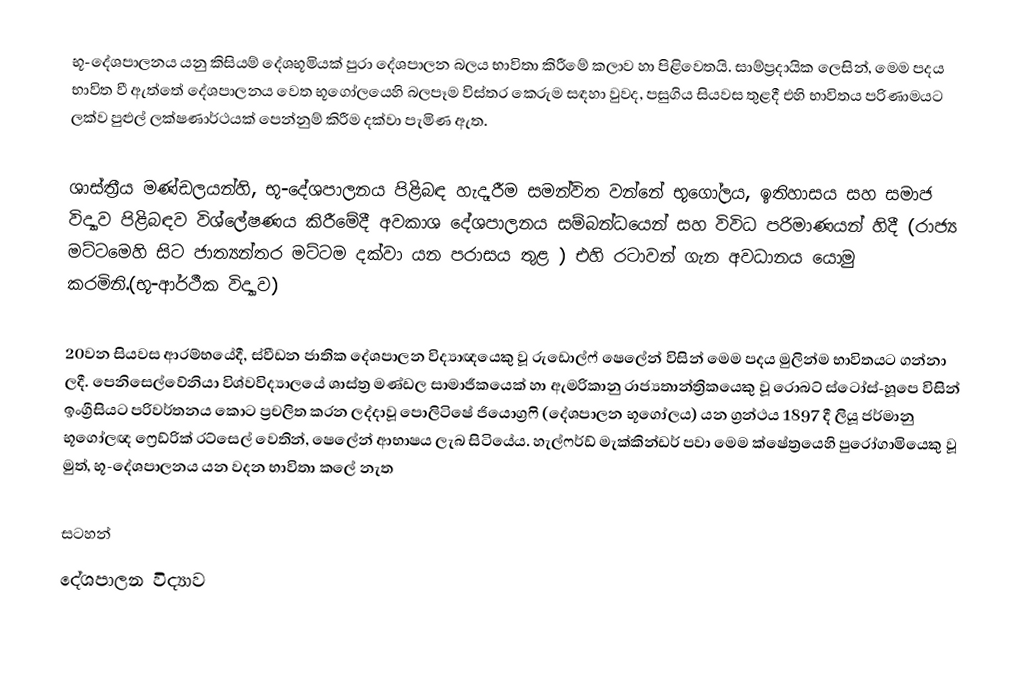
භූ-දේශපාලනය යනු කිසියම් දේශභූමියක් පුරා දේශපාලන බලය භාවිතා කිරීමේ කලාව හා පිළිවෙතයි. සාම්ප්‍රදායික ලෙසින්, මෙම පදය  භාවිත වී ඇත්තේ දේශපාලනය වෙත භූගෝලයෙහි බලපෑම විස්තර කෙරුම සඳහා වුවද, පසුගිය සියවස තුළදී එහි භාවිතය පරිණාමයට ලක්ව පුළුල් ලක්ෂණාර්ථයක් පෙන්නුම් කිරීම දක්වා පැමිණ ඇත.

ශාස්ත්‍රීය මණ්ඩලයන්හි, භූ-දේශපාලනය පිළිබඳ හැදෑරීම සමන්විත වන්නේ භූගෝලය, ඉතිහාසය සහ සමාජ විද්‍යාව පිළිබඳව විශ්ලේෂණය කිරීමේදී අවකාශ දේශපාලනය සම්බන්ධයෙන් සහ විවිධ පරිමාණයන් හිදී (රාජ්‍ය මට්ටමෙහි සිට ජාත්‍යන්තර මට්ටම දක්වා යන පරාසය තුළ ) එහි රටාවන් ගැන අවධානය යොමු කරමිනි.(භූ-ආර්ථීක විද්‍යාව)

20වන සියවස ආරම්භයේදී, ස්වීඩන ජාතික දේශපාලන විද්‍යාඥයෙකු වූ රුඩොල්ෆ් ෂෙලේන් විසින් මෙම පදය මුලින්ම භාවිතයට ගන්නා ලදී. පෙනිසෙල්වේනියා විශ්වවිද්‍යාලයේ ශාස්ත්‍ර මණ්ඩල සාමාජීකයෙක් හා ඇමරිකානු රාජ්‍යතාන්ත්‍රිකයෙකු වූ රොබට් ස්ටෝස්-හූපෙ විසින් ඉංග්‍රීසියට පරිවර්තනය කොට ප්‍රචලිත කරන ලද්දාවූ පොලිටිෂේ ජියොග්‍රෆි (දේශපාලන භූගෝලය) යන ග්‍රන්ථය 1897 දී ලියූ ජර්මානු භූගෝලඥ ෆ්‍රෙඩ්රික් රට්සෙල් වෙතින්, ෂෙලේන් ආභාෂය ලැබ සිටියේය. හැල්ෆර්ඩ් මැක්කින්ඩර් පවා මෙම ක්ෂේත්‍රයෙහි පුරෝගාමියෙකු වූ මුත්, භූ-දේශපාලනය යන වදන භාවිතා කලේ නැත

සටහන්
දේශපාලන විද්‍යාව